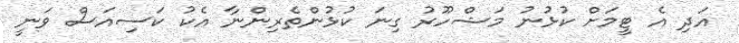
އަދި އެ ޓީމަށް ކުޅުނު މަޝްހޫރު ގިނަ ކުޅުންތެރިންނާ އެކު ކަސިއަސް ވަނީ